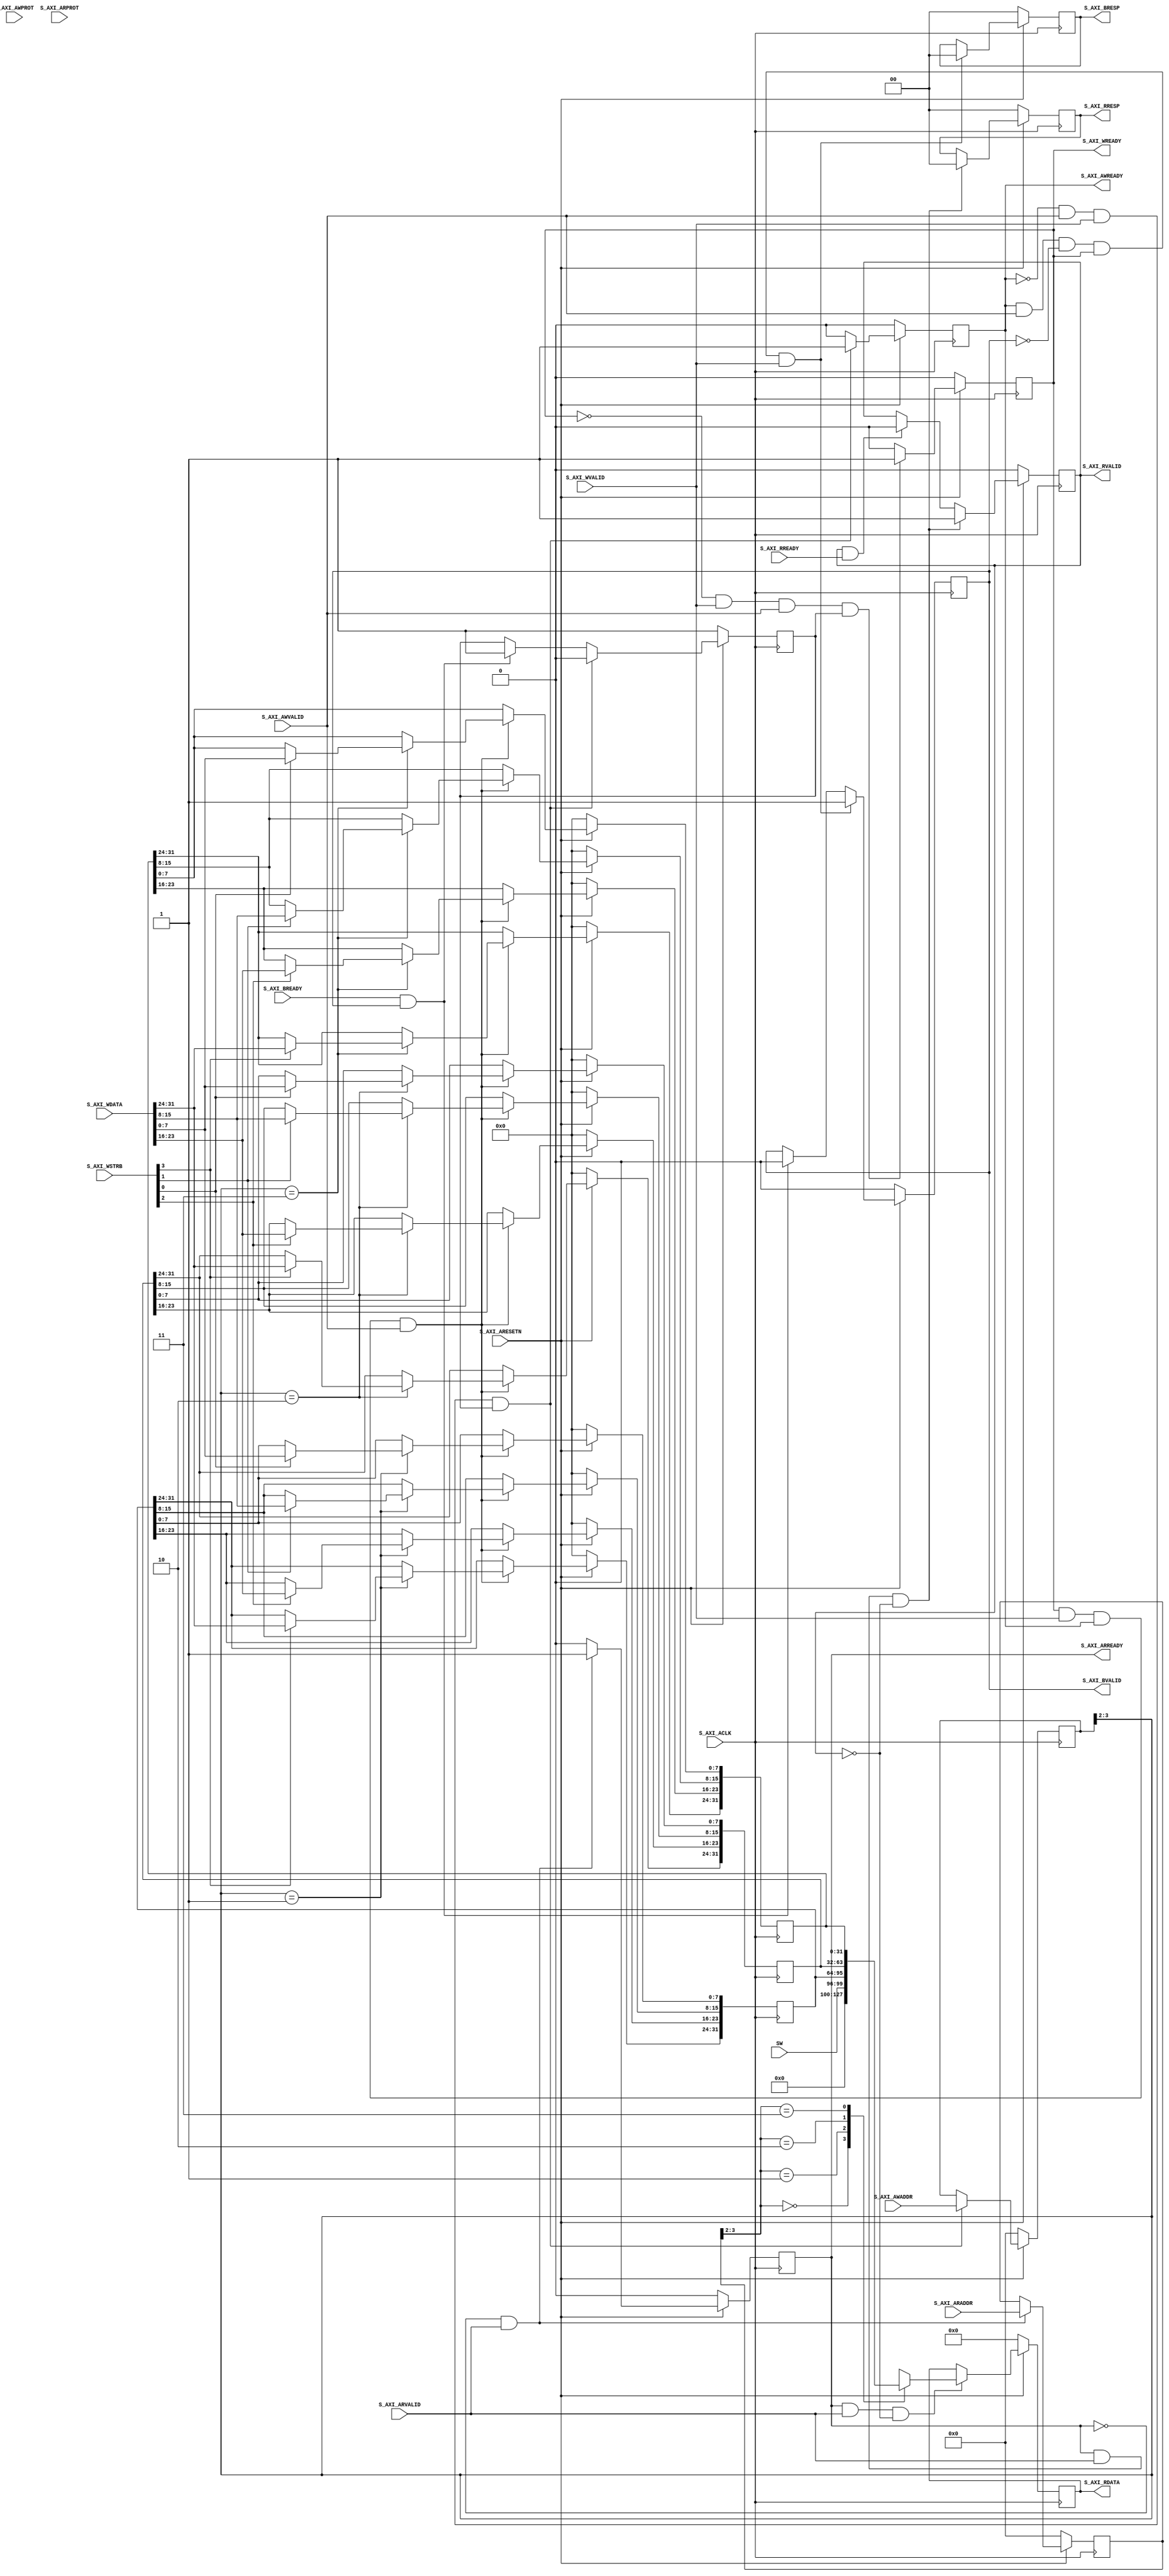

`timescale 1 ns / 1 ps

	module Zybo_Switches_v1_0_S_AXI #
	(
		// Users to add parameters here

		// User parameters ends
		// Do not modify the parameters beyond this line

		// Width of S_AXI data bus
		parameter integer C_S_AXI_DATA_WIDTH	= 32,
		// Width of S_AXI address bus
		parameter integer C_S_AXI_ADDR_WIDTH	= 4
	)
	(
		// Users to add ports here
        input   wire [3:0]  SW,
		// User ports ends
		// Do not modify the ports beyond this line

		// Global Clock Signal
		input wire  S_AXI_ACLK,
		// Global Reset Signal. This Signal is Active LOW
		input wire  S_AXI_ARESETN,
		// Write address (issued by master, acceped by Slave)
		input wire [C_S_AXI_ADDR_WIDTH-1 : 0] S_AXI_AWADDR,
		// Write channel Protection type. This signal indicates the
    		// privilege and security level of the transaction, and whether
    		// the transaction is a data access or an instruction access.
		input wire [2 : 0] S_AXI_AWPROT,
		// Write address valid. This signal indicates that the master signaling
    		// valid write address and control information.
		input wire  S_AXI_AWVALID,
		// Write address ready. This signal indicates that the slave is ready
    		// to accept an address and associated control signals.
		output wire  S_AXI_AWREADY,
		// Write data (issued by master, acceped by Slave) 
		input wire [C_S_AXI_DATA_WIDTH-1 : 0] S_AXI_WDATA,
		// Write strobes. This signal indicates which byte lanes hold
    		// valid data. There is one write strobe bit for each eight
    		// bits of the write data bus.    
		input wire [(C_S_AXI_DATA_WIDTH/8)-1 : 0] S_AXI_WSTRB,
		// Write valid. This signal indicates that valid write
    		// data and strobes are available.
		input wire  S_AXI_WVALID,
		// Write ready. This signal indicates that the slave
    		// can accept the write data.
		output wire  S_AXI_WREADY,
		// Write response. This signal indicates the status
    		// of the write transaction.
		output wire [1 : 0] S_AXI_BRESP,
		// Write response valid. This signal indicates that the channel
    		// is signaling a valid write response.
		output wire  S_AXI_BVALID,
		// Response ready. This signal indicates that the master
    		// can accept a write response.
		input wire  S_AXI_BREADY,
		// Read address (issued by master, acceped by Slave)
		input wire [C_S_AXI_ADDR_WIDTH-1 : 0] S_AXI_ARADDR,
		// Protection type. This signal indicates the privilege
    		// and security level of the transaction, and whether the
    		// transaction is a data access or an instruction access.
		input wire [2 : 0] S_AXI_ARPROT,
		// Read address valid. This signal indicates that the channel
    		// is signaling valid read address and control information.
		input wire  S_AXI_ARVALID,
		// Read address ready. This signal indicates that the slave is
    		// ready to accept an address and associated control signals.
		output wire  S_AXI_ARREADY,
		// Read data (issued by slave)
		output wire [C_S_AXI_DATA_WIDTH-1 : 0] S_AXI_RDATA,
		// Read response. This signal indicates the status of the
    		// read transfer.
		output wire [1 : 0] S_AXI_RRESP,
		// Read valid. This signal indicates that the channel is
    		// signaling the required read data.
		output wire  S_AXI_RVALID,
		// Read ready. This signal indicates that the master can
    		// accept the read data and response information.
		input wire  S_AXI_RREADY
	);

	// AXI4LITE signals
	reg [C_S_AXI_ADDR_WIDTH-1 : 0] 	axi_awaddr;
	reg  	axi_awready;
	reg  	axi_wready;
	reg [1 : 0] 	axi_bresp;
	reg  	axi_bvalid;
	reg [C_S_AXI_ADDR_WIDTH-1 : 0] 	axi_araddr;
	reg  	axi_arready;
	reg [C_S_AXI_DATA_WIDTH-1 : 0] 	axi_rdata;
	reg [1 : 0] 	axi_rresp;
	reg  	axi_rvalid;

	// Example-specific design signals
	// local parameter for addressing 32 bit / 64 bit C_S_AXI_DATA_WIDTH
	// ADDR_LSB is used for addressing 32/64 bit registers/memories
	// ADDR_LSB = 2 for 32 bits (n downto 2)
	// ADDR_LSB = 3 for 64 bits (n downto 3)
	localparam integer ADDR_LSB = (C_S_AXI_DATA_WIDTH/32) + 1;
	localparam integer OPT_MEM_ADDR_BITS = 1;
	//----------------------------------------------
	//-- Signals for user logic register space example
	//------------------------------------------------
	//-- Number of Slave Registers 4
	//reg [C_S_AXI_DATA_WIDTH-1:0]	slv_reg0;
	reg [C_S_AXI_DATA_WIDTH-1:0]	slv_reg1;
	reg [C_S_AXI_DATA_WIDTH-1:0]	slv_reg2;
	reg [C_S_AXI_DATA_WIDTH-1:0]	slv_reg3;
	wire	 slv_reg_rden;
	wire	 slv_reg_wren;
	reg [C_S_AXI_DATA_WIDTH-1:0]	 reg_data_out;
	integer	 byte_index;
	reg	 aw_en;

	// I/O Connections assignments

	assign S_AXI_AWREADY	= axi_awready;
	assign S_AXI_WREADY	= axi_wready;
	assign S_AXI_BRESP	= axi_bresp;
	assign S_AXI_BVALID	= axi_bvalid;
	assign S_AXI_ARREADY	= axi_arready;
	assign S_AXI_RDATA	= axi_rdata;
	assign S_AXI_RRESP	= axi_rresp;
	assign S_AXI_RVALID	= axi_rvalid;
	// Implement axi_awready generation
	// axi_awready is asserted for one S_AXI_ACLK clock cycle when both
	// S_AXI_AWVALID and S_AXI_WVALID are asserted. axi_awready is
	// de-asserted when reset is low.

	always @( posedge S_AXI_ACLK )
	begin
	  if ( S_AXI_ARESETN == 1'b0 )
	    begin
	      axi_awready <= 1'b0;
	      aw_en <= 1'b1;
	    end 
	  else
	    begin    
	      if (~axi_awready && S_AXI_AWVALID && S_AXI_WVALID && aw_en)
	        begin
	          // slave is ready to accept write address when 
	          // there is a valid write address and write data
	          // on the write address and data bus. This design 
	          // expects no outstanding transactions. 
	          axi_awready <= 1'b1;
	          aw_en <= 1'b0;
	        end
	        else if (S_AXI_BREADY && axi_bvalid)
	            begin
	              aw_en <= 1'b1;
	              axi_awready <= 1'b0;
	            end
	      else           
	        begin
	          axi_awready <= 1'b0;
	        end
	    end 
	end       

	// Implement axi_awaddr latching
	// This process is used to latch the address when both 
	// S_AXI_AWVALID and S_AXI_WVALID are valid. 

	always @( posedge S_AXI_ACLK )
	begin
	  if ( S_AXI_ARESETN == 1'b0 )
	    begin
	      axi_awaddr <= 0;
	    end 
	  else
	    begin    
	      if (~axi_awready && S_AXI_AWVALID && S_AXI_WVALID && aw_en)
	        begin
	          // Write Address latching 
	          axi_awaddr <= S_AXI_AWADDR;
	        end
	    end 
	end       

	// Implement axi_wready generation
	// axi_wready is asserted for one S_AXI_ACLK clock cycle when both
	// S_AXI_AWVALID and S_AXI_WVALID are asserted. axi_wready is 
	// de-asserted when reset is low. 

	always @( posedge S_AXI_ACLK )
	begin
	  if ( S_AXI_ARESETN == 1'b0 )
	    begin
	      axi_wready <= 1'b0;
	    end 
	  else
	    begin    
	      if (~axi_wready && S_AXI_WVALID && S_AXI_AWVALID && aw_en )
	        begin
	          // slave is ready to accept write data when 
	          // there is a valid write address and write data
	          // on the write address and data bus. This design 
	          // expects no outstanding transactions. 
	          axi_wready <= 1'b1;
	        end
	      else
	        begin
	          axi_wready <= 1'b0;
	        end
	    end 
	end       

	// Implement memory mapped register select and write logic generation
	// The write data is accepted and written to memory mapped registers when
	// axi_awready, S_AXI_WVALID, axi_wready and S_AXI_WVALID are asserted. Write strobes are used to
	// select byte enables of slave registers while writing.
	// These registers are cleared when reset (active low) is applied.
	// Slave register write enable is asserted when valid address and data are available
	// and the slave is ready to accept the write address and write data.
	assign slv_reg_wren = axi_wready && S_AXI_WVALID && axi_awready && S_AXI_AWVALID;

	always @( posedge S_AXI_ACLK )
	begin
	  if ( S_AXI_ARESETN == 1'b0 )
	    begin
	      //slv_reg0 <= 0;
	      slv_reg1 <= 0;
	      slv_reg2 <= 0;
	      slv_reg3 <= 0;
	    end 
	  else begin
	    if (slv_reg_wren)
	      begin
	        case ( axi_awaddr[ADDR_LSB+OPT_MEM_ADDR_BITS:ADDR_LSB] )
	          /*2'h0:
	            for ( byte_index = 0; byte_index <= (C_S_AXI_DATA_WIDTH/8)-1; byte_index = byte_index+1 )
	              if ( S_AXI_WSTRB[byte_index] == 1 ) begin
	                // Respective byte enables are asserted as per write strobes 
	                // Slave register 0
	                slv_reg0[(byte_index*8) +: 8] <= S_AXI_WDATA[(byte_index*8) +: 8];
	              end*/
	          2'h1:
	            for ( byte_index = 0; byte_index <= (C_S_AXI_DATA_WIDTH/8)-1; byte_index = byte_index+1 )
	              if ( S_AXI_WSTRB[byte_index] == 1 ) begin
	                // Respective byte enables are asserted as per write strobes 
	                // Slave register 1
	                slv_reg1[(byte_index*8) +: 8] <= S_AXI_WDATA[(byte_index*8) +: 8];
	              end  
	          2'h2:
	            for ( byte_index = 0; byte_index <= (C_S_AXI_DATA_WIDTH/8)-1; byte_index = byte_index+1 )
	              if ( S_AXI_WSTRB[byte_index] == 1 ) begin
	                // Respective byte enables are asserted as per write strobes 
	                // Slave register 2
	                slv_reg2[(byte_index*8) +: 8] <= S_AXI_WDATA[(byte_index*8) +: 8];
	              end  
	          2'h3:
	            for ( byte_index = 0; byte_index <= (C_S_AXI_DATA_WIDTH/8)-1; byte_index = byte_index+1 )
	              if ( S_AXI_WSTRB[byte_index] == 1 ) begin
	                // Respective byte enables are asserted as per write strobes 
	                // Slave register 3
	                slv_reg3[(byte_index*8) +: 8] <= S_AXI_WDATA[(byte_index*8) +: 8];
	              end  
	          default : begin
	                      //slv_reg0 <= slv_reg0;
	                      slv_reg1 <= slv_reg1;
	                      slv_reg2 <= slv_reg2;
	                      slv_reg3 <= slv_reg3;
	                    end
	        endcase
	      end
	  end
	end    

	// Implement write response logic generation
	// The write response and response valid signals are asserted by the slave 
	// when axi_wready, S_AXI_WVALID, axi_wready and S_AXI_WVALID are asserted.  
	// This marks the acceptance of address and indicates the status of 
	// write transaction.

	always @( posedge S_AXI_ACLK )
	begin
	  if ( S_AXI_ARESETN == 1'b0 )
	    begin
	      axi_bvalid  <= 0;
	      axi_bresp   <= 2'b0;
	    end 
	  else
	    begin    
	      if (axi_awready && S_AXI_AWVALID && ~axi_bvalid && axi_wready && S_AXI_WVALID)
	        begin
	          // indicates a valid write response is available
	          axi_bvalid <= 1'b1;
	          axi_bresp  <= 2'b0; // 'OKAY' response 
	        end                   // work error responses in future
	      else
	        begin
	          if (S_AXI_BREADY && axi_bvalid) 
	            //check if bready is asserted while bvalid is high) 
	            //(there is a possibility that bready is always asserted high)   
	            begin
	              axi_bvalid <= 1'b0; 
	            end  
	        end
	    end
	end   

	// Implement axi_arready generation
	// axi_arready is asserted for one S_AXI_ACLK clock cycle when
	// S_AXI_ARVALID is asserted. axi_awready is 
	// de-asserted when reset (active low) is asserted. 
	// The read address is also latched when S_AXI_ARVALID is 
	// asserted. axi_araddr is reset to zero on reset assertion.

	always @( posedge S_AXI_ACLK )
	begin
	  if ( S_AXI_ARESETN == 1'b0 )
	    begin
	      axi_arready <= 1'b0;
	      axi_araddr  <= 32'b0;
	    end 
	  else
	    begin    
	      if (~axi_arready && S_AXI_ARVALID)
	        begin
	          // indicates that the slave has acceped the valid read address
	          axi_arready <= 1'b1;
	          // Read address latching
	          axi_araddr  <= S_AXI_ARADDR;
	        end
	      else
	        begin
	          axi_arready <= 1'b0;
	        end
	    end 
	end       

	// Implement axi_arvalid generation
	// axi_rvalid is asserted for one S_AXI_ACLK clock cycle when both 
	// S_AXI_ARVALID and axi_arready are asserted. The slave registers 
	// data are available on the axi_rdata bus at this instance. The 
	// assertion of axi_rvalid marks the validity of read data on the 
	// bus and axi_rresp indicates the status of read transaction.axi_rvalid 
	// is deasserted on reset (active low). axi_rresp and axi_rdata are 
	// cleared to zero on reset (active low).  
	always @( posedge S_AXI_ACLK )
	begin
	  if ( S_AXI_ARESETN == 1'b0 )
	    begin
	      axi_rvalid <= 0;
	      axi_rresp  <= 0;
	    end 
	  else
	    begin    
	      if (axi_arready && S_AXI_ARVALID && ~axi_rvalid)
	        begin
	          // Valid read data is available at the read data bus
	          axi_rvalid <= 1'b1;
	          axi_rresp  <= 2'b0; // 'OKAY' response
	        end   
	      else if (axi_rvalid && S_AXI_RREADY)
	        begin
	          // Read data is accepted by the master
	          axi_rvalid <= 1'b0;
	        end                
	    end
	end    

	// Implement memory mapped register select and read logic generation
	// Slave register read enable is asserted when valid address is available
	// and the slave is ready to accept the read address.
	assign slv_reg_rden = axi_arready & S_AXI_ARVALID & ~axi_rvalid;
	always @(*)
	begin
	      // Address decoding for reading registers
	      case ( axi_araddr[ADDR_LSB+OPT_MEM_ADDR_BITS:ADDR_LSB] )
	        2'h0   : reg_data_out <= SW;
	        2'h1   : reg_data_out <= slv_reg1;
	        2'h2   : reg_data_out <= slv_reg2;
	        2'h3   : reg_data_out <= slv_reg3;
	        default : reg_data_out <= 0;
	      endcase
	end

	// Output register or memory read data
	always @( posedge S_AXI_ACLK )
	begin
	  if ( S_AXI_ARESETN == 1'b0 )
	    begin
	      axi_rdata  <= 0;
	    end 
	  else
	    begin    
	      // When there is a valid read address (S_AXI_ARVALID) with 
	      // acceptance of read address by the slave (axi_arready), 
	      // output the read dada 
	      if (slv_reg_rden)
	        begin
	          axi_rdata <= reg_data_out;     // register read data
	        end   
	    end
	end    

	// Add user logic here

	// User logic ends

	endmodule